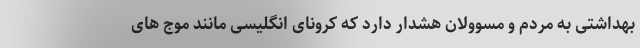
بهداشتی به مردم و مسوولان هشدار دارد که کرونای انگلیسی مانند موج های